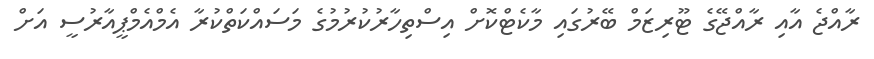
ރާއްޖެ އާއި ރާއްޖޭގެ ޓޫރިޒަމް ބޭރުގައި މާކެޓްކޮށް އިސްތިހާރުކުރުމުގެ މަސައްކަތްކުރާ އެމްއެމްޕީއާރުސީ އަށް